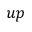
u p